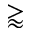
\gtrapprox